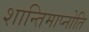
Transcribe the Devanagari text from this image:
शान्तिमाप्नोति